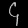
Digit: ၄